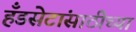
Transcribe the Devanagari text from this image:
हँडसेटांसाठीच्या